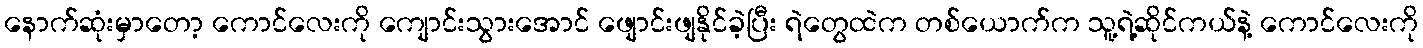
နောက်ဆုံးမှာတော့ ကောင်လေးကို ကျောင်းသွားအောင် ဖျောင်းဖျနိုင်ခဲ့ပြီး ရဲတွေထဲက တစ်ယောက်က သူ့ရဲ့ဆိုင်ကယ်နဲ့ ကောင်လေးကို